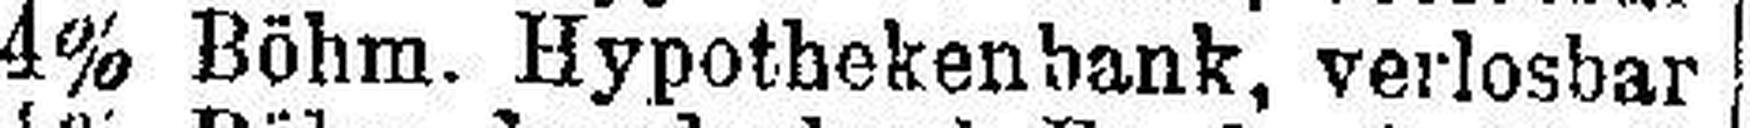
4% Böhm. Hypothekenbank, verlosbar